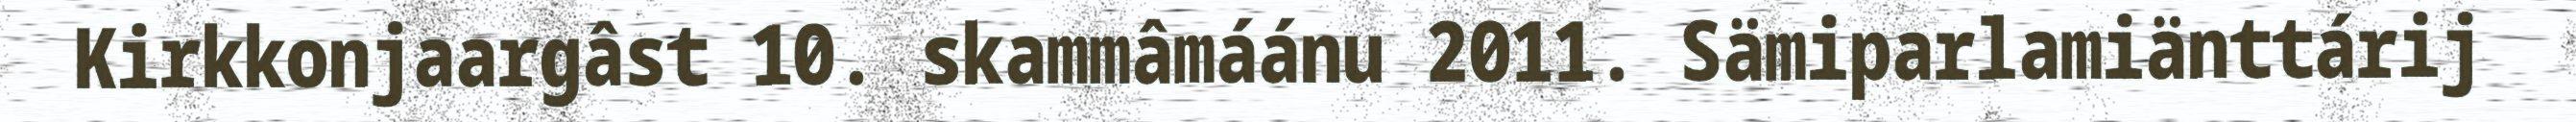
Kirkkonjaargâst 10. skammâmáánu 2011. Sämiparlamiänttárij